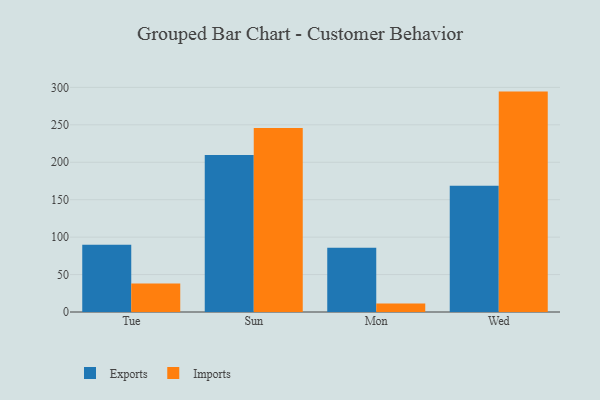
{"axis": {"x": "Day", "y": "Page Views"}, "legend": ["Exports", "Imports"], "data": [{"x": "Tue", "y": 89.7, "type": "Exports"}, {"x": "Tue", "y": 38.1, "type": "Imports"}, {"x": "Sun", "y": 209.7, "type": "Exports"}, {"x": "Sun", "y": 245.8, "type": "Imports"}, {"x": "Mon", "y": 85.9, "type": "Exports"}, {"x": "Mon", "y": 11.5, "type": "Imports"}, {"x": "Wed", "y": 168.7, "type": "Exports"}, {"x": "Wed", "y": 294.4, "type": "Imports"}]}